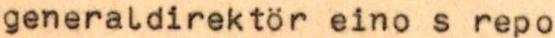
generaldirektör eino s repo